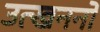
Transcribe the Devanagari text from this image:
उत्‍खननों